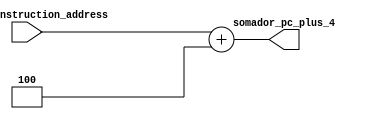
// `define VERBOSE_SOMADOR_BRANCH
module mSomadorPC
(
	// Sada do PC
	input wire[31:0] current_instruction_address,

	// Sada PC mais quatro
	output reg[31:0] somador_pc_plus_4
);

	// Soma 4 ao PC

//	always @ ( current_instruction_address ) begin ANTIGO
always @ (current_instruction_address) begin
		somador_pc_plus_4 = current_instruction_address + 4;
	end

endmodule

module mSomadorBranch
(
	//
	input wire[31:0] somador_pc_plus_4_if_id,
	input signed [31:0] sll_out,
	output reg[31:0] somador_branch_out
);

	always @ (*) begin
		somador_branch_out = $signed(somador_pc_plus_4_if_id + sll_out);
		`ifdef VERBOSE_SOMADOR_BRANCH
			$display("mSomadorBranch(): somador_pc_plus_4_if_id %b sll_out %b somador_branch_out %b",somador_pc_plus_4_if_id,sll_out,somador_branch_out);
		`endif
	end

endmodule